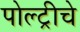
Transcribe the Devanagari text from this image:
पोल्ट्रीचे